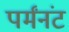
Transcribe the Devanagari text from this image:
पर्मंनंट